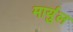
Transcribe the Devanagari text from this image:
मार्युल